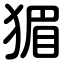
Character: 猸